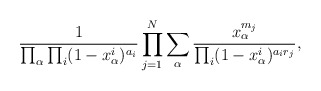
\begin{align*} \frac{1}{\prod_{\alpha} \prod_{i} (1-x_\alpha^i)^{a_i}}\prod_{j = 1}^N \sum_{\alpha} \frac{x_{\alpha}^{m_j}}{\prod_{i}( 1-x_\alpha^i)^{a_i r_j}},\end{align*}